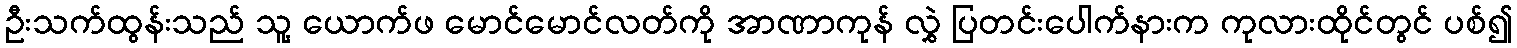
ဦးသက်ထွန်းသည် သူ့ ယောက်ဖ မောင်မောင်လတ်ကို အာဏာကုန် လွှဲ ပြတင်းပေါက်နားက ကုလားထိုင်တွင် ပစ်၍